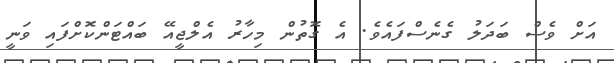
އަށް ވެސް ބަދަލު ގެނެސްފައެވެ. އެ ގޮތުން މިހާރު އެލްޖީއޭ ބައްޓަންކޮށްފައި ވަނީ